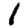
Digit: 1